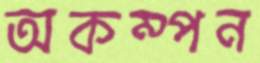
অকম্পন